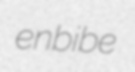
enbibe